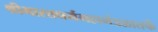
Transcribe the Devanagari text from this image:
श्रीभारतधर्ममहामंडळातर्फे